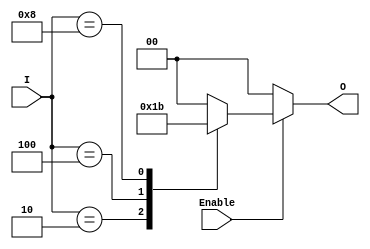
module binary_encoder (
    input wire [3:0] I,      // 4 input lines
    input wire Enable,       // Enable signal
    output reg [1:0] O       // 2 output lines
);

    always @(*) begin
        if (!Enable) begin
            O = 2'b00;        // If not enabled, output is 00
        end else begin
            case (I)
                4'b0001: O = 2'b00; // I0 active
                4'b0010: O = 2'b01; // I1 active
                4'b0100: O = 2'b10; // I2 active
                4'b1000: O = 2'b11; // I3 active
                default: O = 2'b00; // Default case (no active input)
            endcase
        end
    end

endmodule